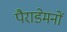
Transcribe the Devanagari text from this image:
पैराडेमनों